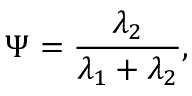
\Psi = \frac { \lambda _ { 2 } } { \lambda _ { 1 } + \lambda _ { 2 } } ,